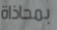
بمحاذاة